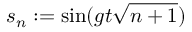
s _ { n } : = \sin ( g t \sqrt { n + 1 } )